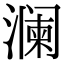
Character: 澜